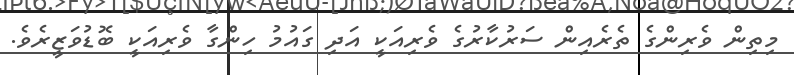
މިތިން ވެރިންގެ ތެރެއިން ސަރުކާރުގެ ވެރިއަކީ އަދި ގައުމު ހިންގާ ވެރިއަކީ ބޮޑުވަޒީރެވެ.